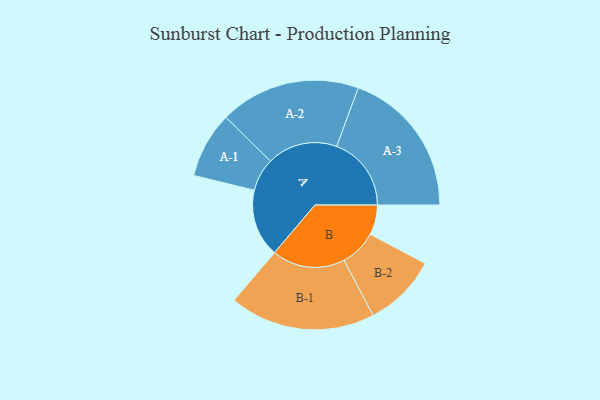
{"axis": {"x": "Segment", "y": "Value"}, "legend": ["", "A", "B"], "data": [{"x": "A", "y": 236, "type": ""}, {"x": "B", "y": 104, "type": ""}, {"x": "A-1", "y": 115, "type": "A"}, {"x": "A-2", "y": 245, "type": "A"}, {"x": "A-3", "y": 260, "type": "A"}, {"x": "B-1", "y": 254, "type": "B"}, {"x": "B-2", "y": 128, "type": "B"}]}